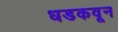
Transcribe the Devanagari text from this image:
धडकवून